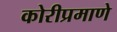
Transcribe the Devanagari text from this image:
कोरीप्रमाणे